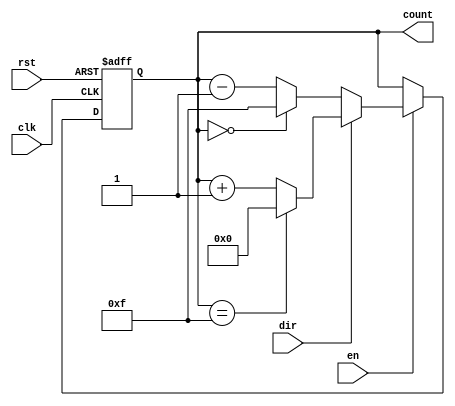
module MemoryBlocksBinaryCounter (
    input wire clk,        // Clock signal
    input wire rst,        // Asynchronous reset
    input wire en,         // Enable signal
    input wire dir,        // Direction control (1 for up, 0 for down)
    output reg [3:0] count // 4-bit output count
);

    // Define the maximum count value for a 4-bit counter
    parameter MAX_COUNT = 4'b1111;
    parameter MIN_COUNT = 4'b0000;

    // Asynchronous reset and counting logic
    always @(posedge clk or posedge rst) begin
        if (rst) begin
            // Reset the counter to 0
            count <= MIN_COUNT;
        end else if (en) begin
            // Count up or down based on the direction
            if (dir) begin
                // Up counting
                if (count == MAX_COUNT) begin
                    count <= MIN_COUNT; // Wrap around
                end else begin
                    count <= count + 1; // Increment
                end
            end else begin
                // Down counting
                if (count == MIN_COUNT) begin
                    count <= MAX_COUNT; // Wrap around
                end else begin
                    count <= count - 1; // Decrement
                end
            end
        end
    end
endmodule